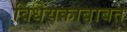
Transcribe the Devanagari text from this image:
विधेयकाबाबत